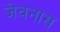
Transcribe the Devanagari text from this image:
जेवनास